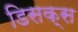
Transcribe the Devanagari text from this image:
डिसक्स